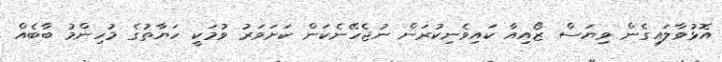
އޮޅުވާލައިގެން ވިޔަސް ޒޯއިއާ ކައިވެނިކުރަން ނުޖެހޭނެކަން ކަށަވަރު ވުމަކީ ހަޔާތުގެ މުހިންމު ބާބެއް